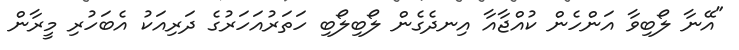
"އޭނާ ލޯބިވާ އަންހެން ކުއްޖާއާ އިނދެގެން ލޯބިލޯބި ހަތަރުއަހަރުގެ ދަރިއަކު އެބަހުރި މީރާން